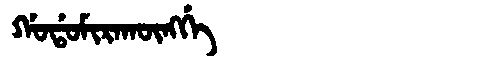
Manchu: ᡤᠣᡩᠣᠮᡳᡵᠠᡴᡡᠩᡤᡝ
Romanization: GODOMIRAKŪNGGE